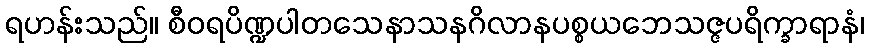
ရဟန်းသည်။ စီဝရပိဏ္ဍပါတသေနာသနဂိလာနပစ္စယဘေသဇ္ဇပရိက္ခာရာနံ၊